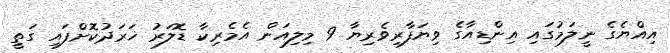
އިއްޔެގެ ނީލަމުގައި އިންޑިއާގެ ވިޔަފާރިވެރިޔާ 9 މިލިއަން އެމެރިކާ ޑޮލަރު ޚަރަދުކޮށްފައި ގަތީ